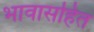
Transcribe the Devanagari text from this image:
भावासहित